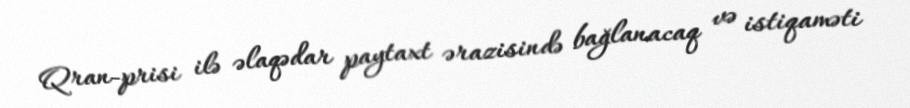
Qran-prisi ilə əlaqədar paytaxt ərazisində bağlanacaq və istiqaməti